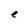
Character: e